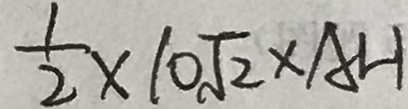
\frac { 1 } { 2 } \times 1 0 \sqrt { 2 } \times A H